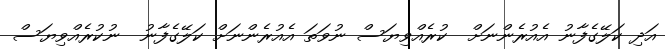
އަދި ކަލޭގެފާނު އެއުރެންނަށް  ކުރެއްވިޔަސް ނުވަތަ އެއުރެންނަށް ކަލޭގެފާނު  ނުކުރެއްވިޔަސް